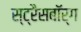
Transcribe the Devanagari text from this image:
स्ट्रैसबॉर्ग